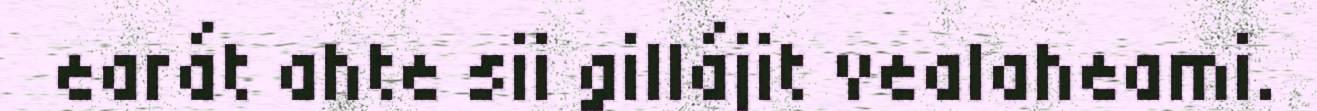
earát ahte sii gillájit vealaheami.